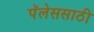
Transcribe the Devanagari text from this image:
पॅलेससाठी